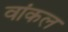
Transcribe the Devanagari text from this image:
वांकल